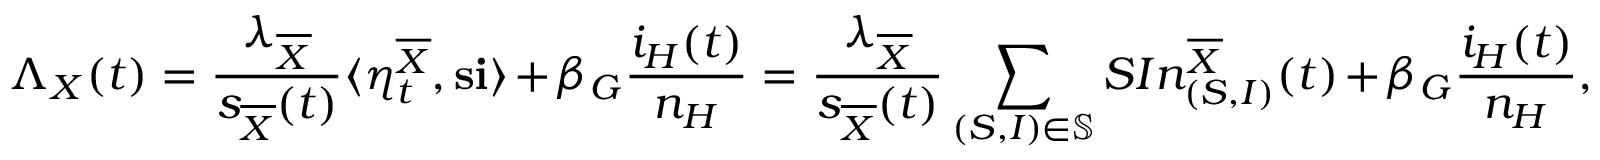
\Lambda _ { X } ( t ) = \frac { \lambda _ { \overline { { X } } } } { s _ { \overline { { X } } } ( t ) } \langle \eta _ { t } ^ { \overline { { X } } } , \mathbf { s } \mathbf { i } \rangle + \beta _ { G } \frac { i _ { H } ( t ) } { n _ { H } } = \frac { \lambda _ { \overline { { X } } } } { s _ { \overline { { X } } } ( t ) } \sum _ { ( S , I ) \in \mathbb { S } } S I n _ { ( S , I ) } ^ { \overline { { X } } } ( t ) + \beta _ { G } \frac { i _ { H } ( t ) } { n _ { H } } ,